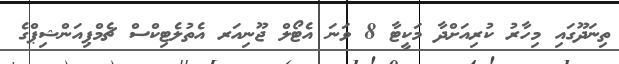
ތިނަދޫގައި މިހާރު ކުރިއަށްދާ މަކީޓާ 8 ވަނަ އެޓޯލް ޖޫނިއަރ އެތުލެޓިކްސް ޗެމްޕިއަންޝިޕްގެ